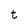
Character: t